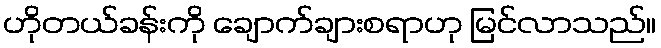
ဟိုတယ်ခန်းကို ချောက်ချားစရာဟု မြင်လာသည်။